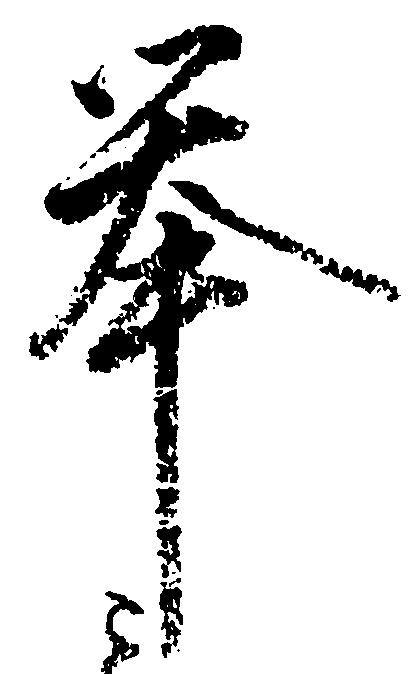
挙